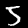
Digit: 5